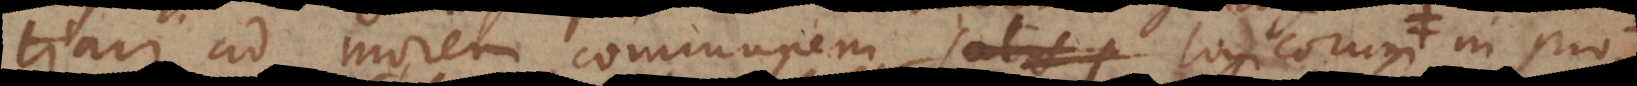
tiari ad morem communem logicorum in pro